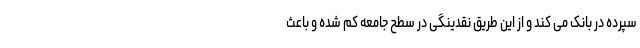
سپرده در بانک می کند و از این طریق نقدینگی در سطح جامعه کم شده و باعث